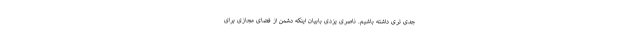
جدی تری داشته باشیم. ناصری یزدی بابیان اینکه دشمن از فضای مجازی برای